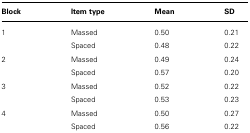
| Block | Item type | Mean | SD |
 | --- | --- | --- | --- |
 | 1 | Massed | 0.50 | 0.21 |
 |  | Spaced | 0.48 | 0.22 |
 | 2 | Massed | 0.49 | 0.24 |
 |  | Spaced | 0.57 | 0.20 |
 | 3 | Massed | 0.52 | 0.22 |
 |  | Spaced | 0.53 | 0.23 |
 | 4 | Massed | 0.50 | 0.27 |
 |  | Spaced | 0.56 | 0.22 |